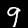
Digit: 9